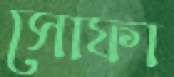
সোফা